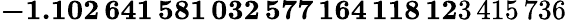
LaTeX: \mathbf{-1.102\, 641\, 581\, 032\, 577\, 164\, 118\, 12}3\, 415\, 736